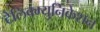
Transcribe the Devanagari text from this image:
टेलिक्म्युनिकेशन